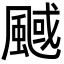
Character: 䬎